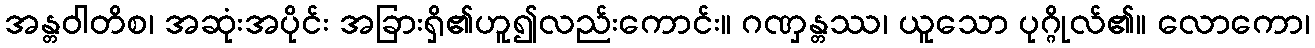
အန္တဝါတိစ၊ အဆုံးအပိုင်း အခြားရှိ၏ဟူ၍လည်းကောင်း။ ဂဏှန္တဿ၊ ယူသော ပုဂ္ဂိုလ်၏။ လောကော၊